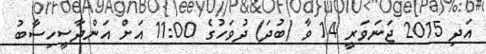
އަދި 2015 ޖަނަވަރީ 14 ވާ (ބުދަ) ދުވަހުގެ 11:00 އަށް އަންދާސީހިސާބު